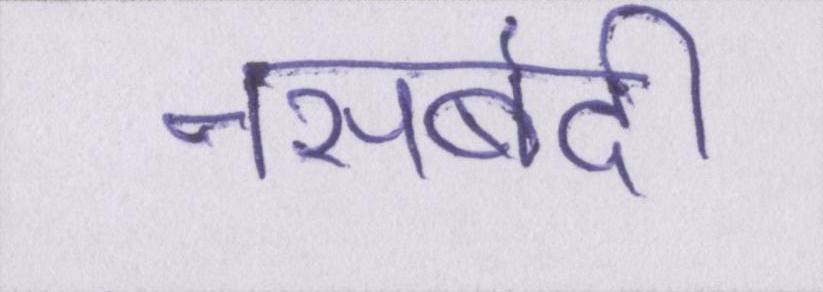
नसबंदी